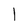
Character: 1